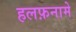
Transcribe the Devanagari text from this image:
हलफ़नामे